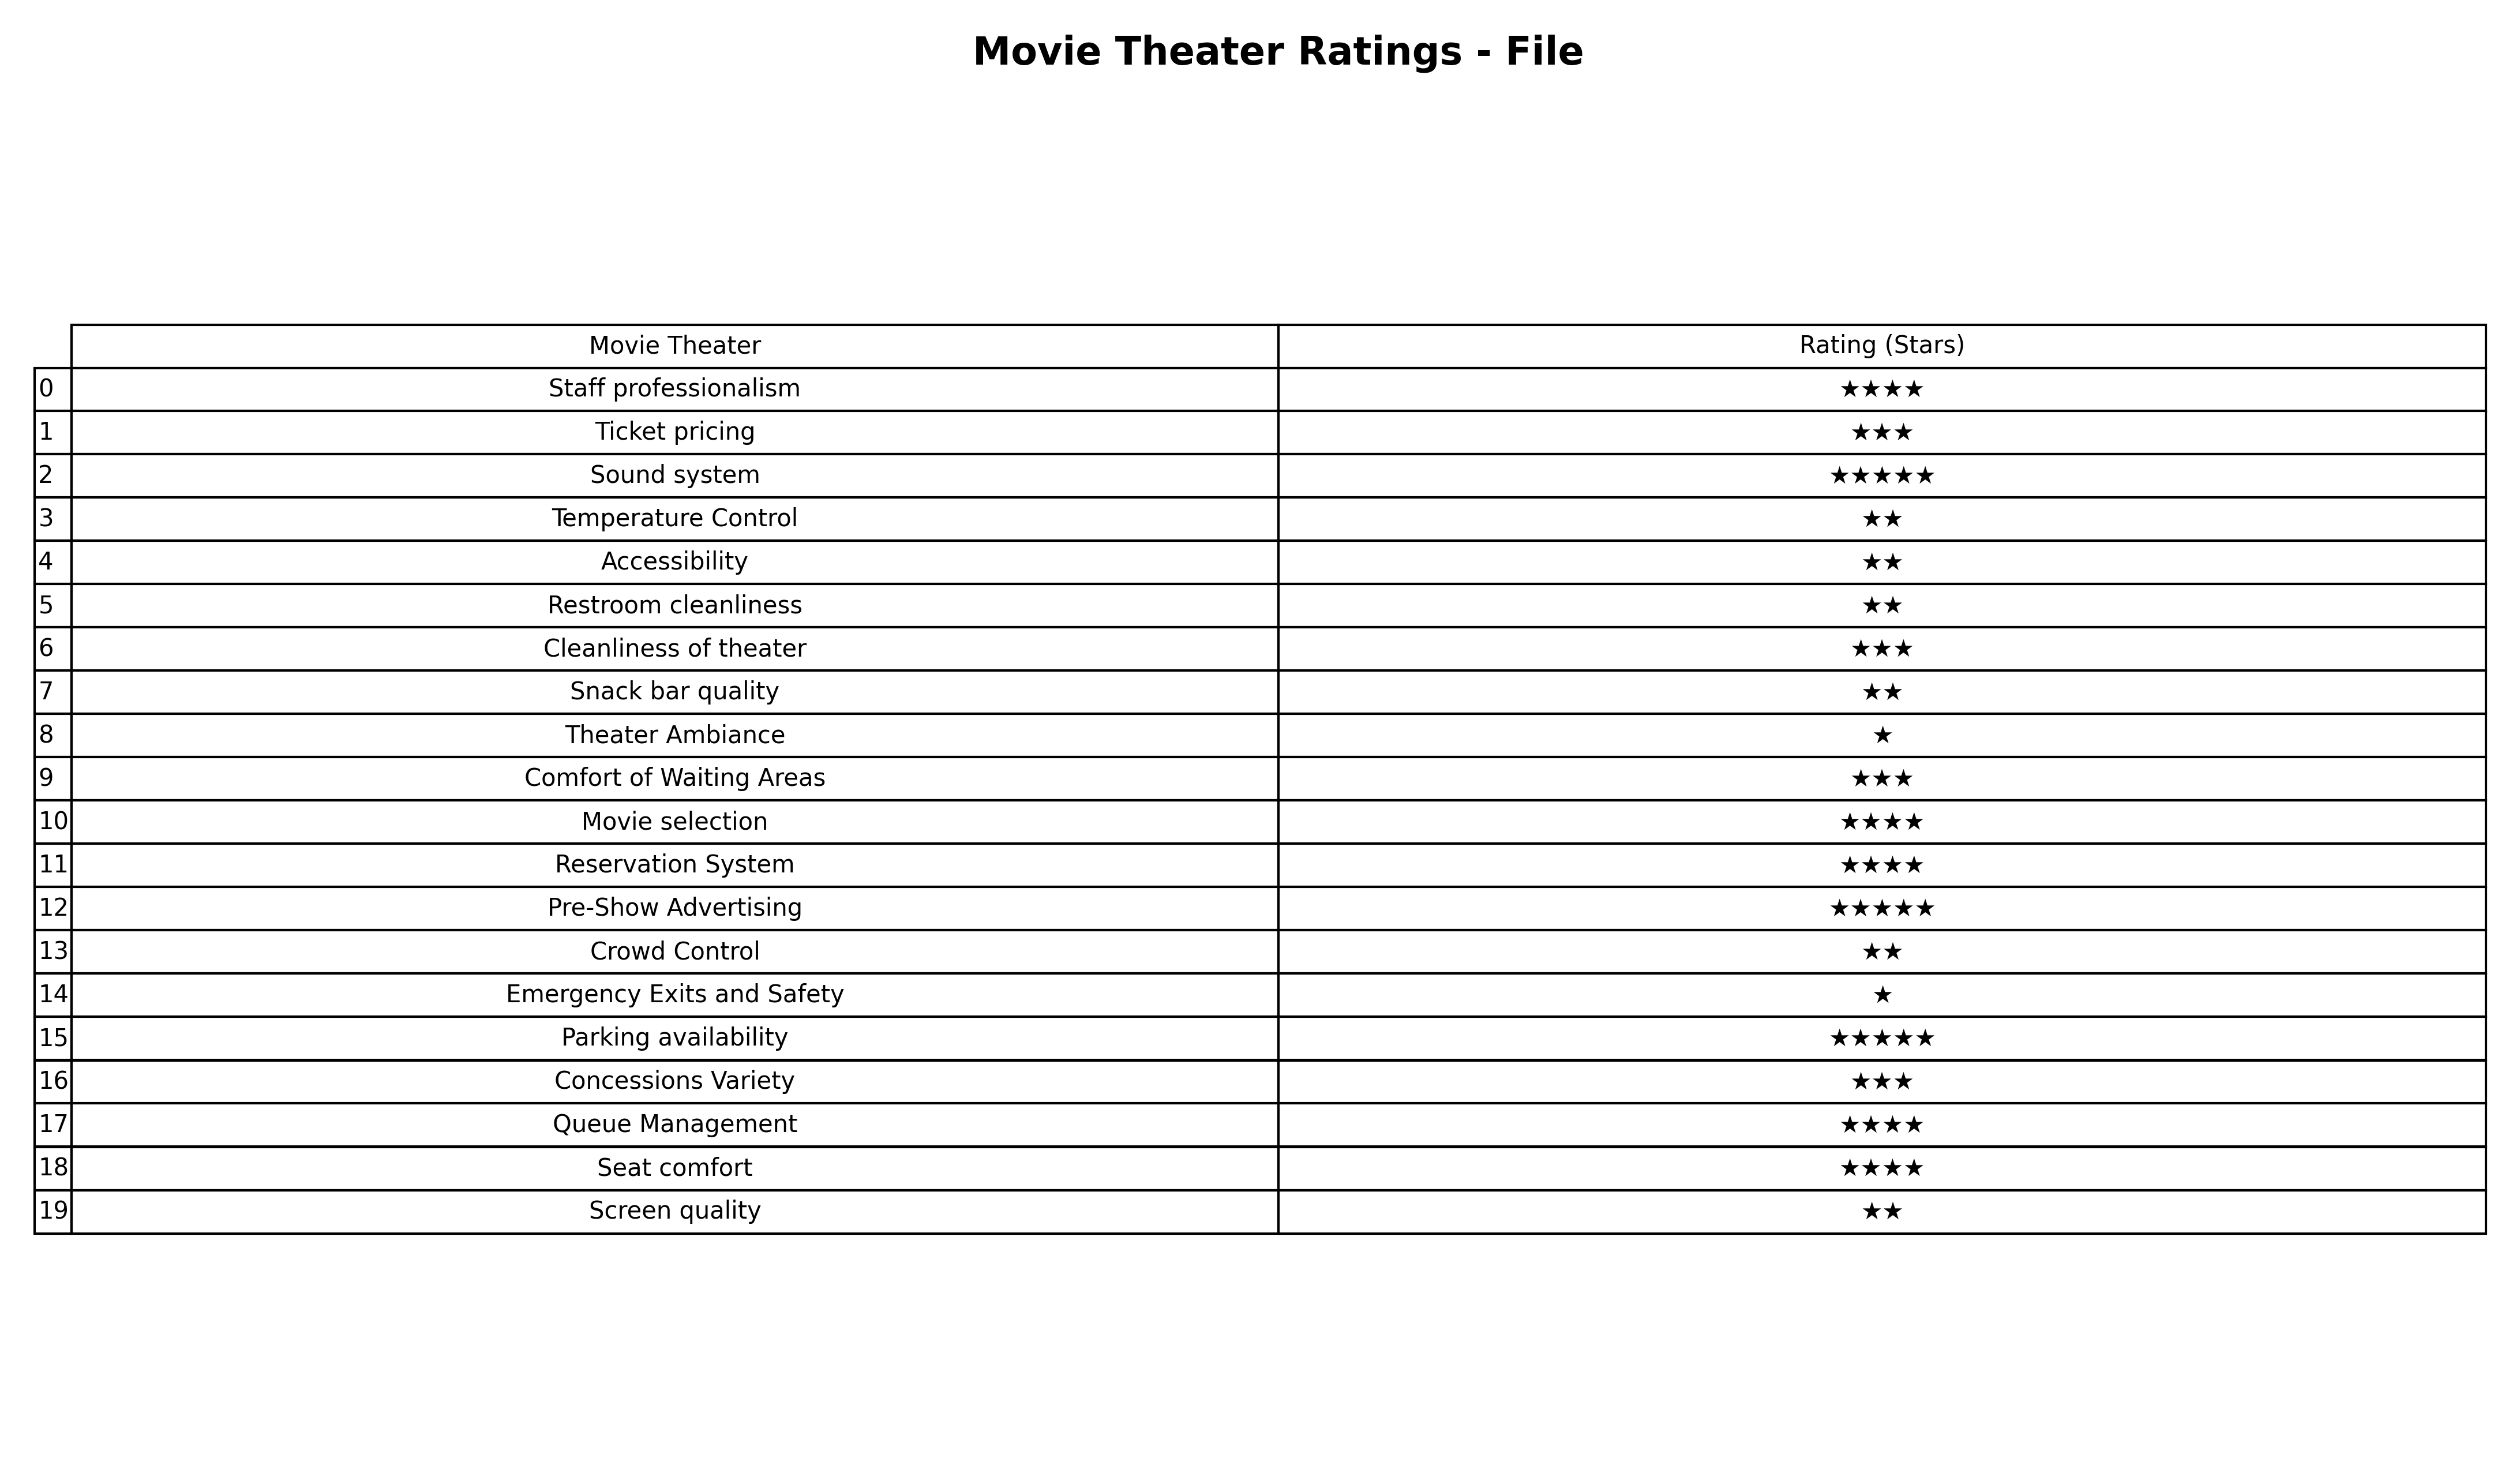
question: What are lowest rating services?
answer: Theater AmbianceEmergency Exits and Safety